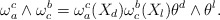
\begin{align*}\omega_{a}^{c} \wedge \omega^{b}_{c}= \omega_{a}^{c}(X_d)\omega^{b}_{c}(X_l)\theta^d\wedge \theta^l. \end{align*}